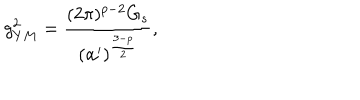
g _ { Y M } ^ { 2 } = \frac { ( 2 \pi ) ^ { p - 2 } G _ { s } } { ( \alpha ^ { \prime } ) ^ { \frac { 3 - p } { 2 } } } ,